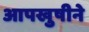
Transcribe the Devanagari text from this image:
आपखुषीने